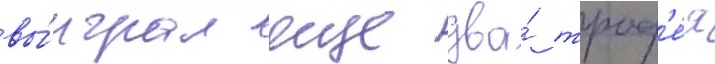
вы́играл еще два́ троф'е́я